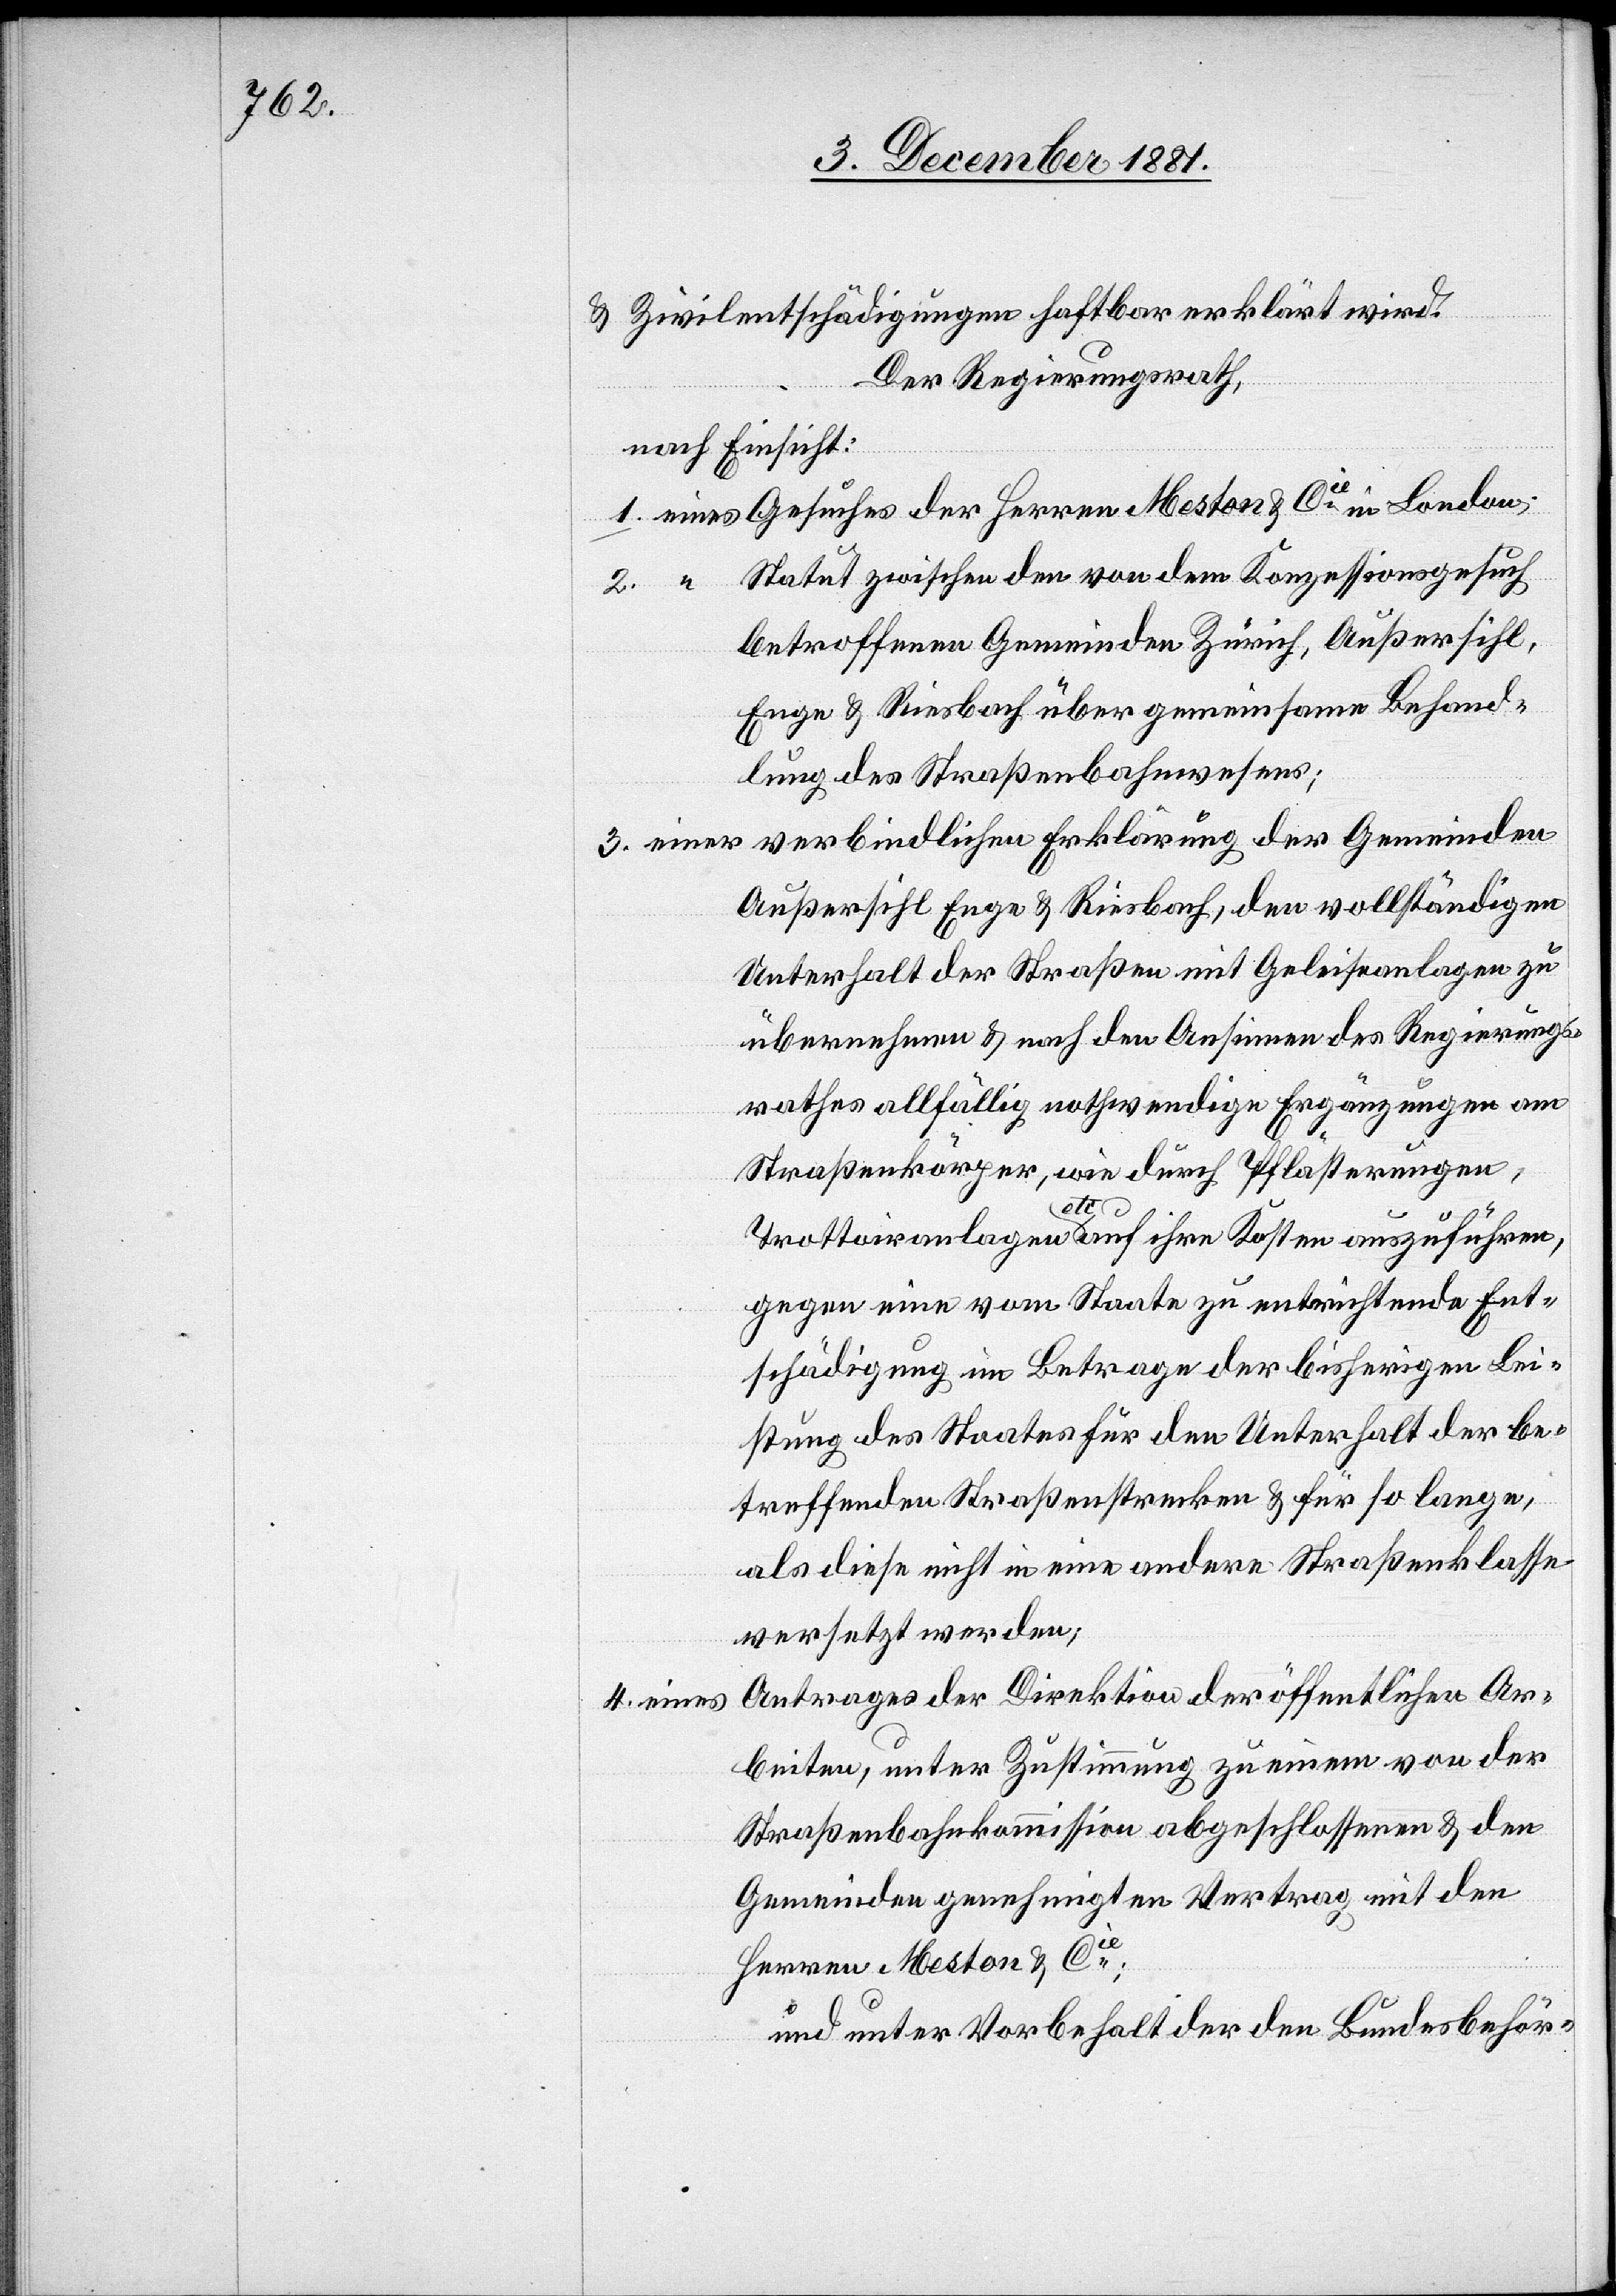
& Zivilentschädigungen haftbar erklärt wird.
Der Regierungsrath,
nach Einsicht:
1. eines Gesuches der Herren Meston & Cie in London;
2. “ Statut zwischen den von dem Konzessionsgesuch
betroffenen Gemeinden Zürich, Außersihl,
Enge & Riesbach über gemeinsame Behand¬
lung des Straßenbahnwesens;
3. einer verbindlichen Erklärung der Gemeinden
Außersihl[,] Enge & Riesbach, den vollständigen
Unterhalt der Straßen mit Geleiseanlagen zu
übernehmen & nach den Ansinnen des Regierungs¬
rathes allfällig nothwendige Ergänzungen am
Straßenkörper, wie durch Pflästerungen,
Trottoiranlagen etc. auf ihre Kosten auszuführen,
gegen eine vom Staate zu entrichtende Ent¬
schädigung im Betrage der bisherigen Lei¬
stung des Staates für den Unterhalt der be¬
treffenden Straßenstrecken & für so lange,
als diese nicht in eine andere Straßenklasse
versetzt werden;
Antrages der Direktion der öffentlichen Ar¬
4. eines
beiten, unter Zustimmung zu einem von der
Straßenbahnkommission abgeschlossenen & den
Gemeinden genehmigten Vertrag mit den
Herren Meston & Cie;
und unter Vorbehalt der den Bundesbehör-